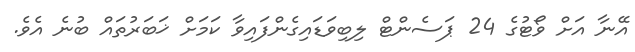
އޭނާ އަށް ވޯޓުގެ 24 ޕަސެންޓް ލިބިވަޑައިގެންފައިވާ ކަމަށް ޚަބަރުތައް ބުނެ އެވެ.